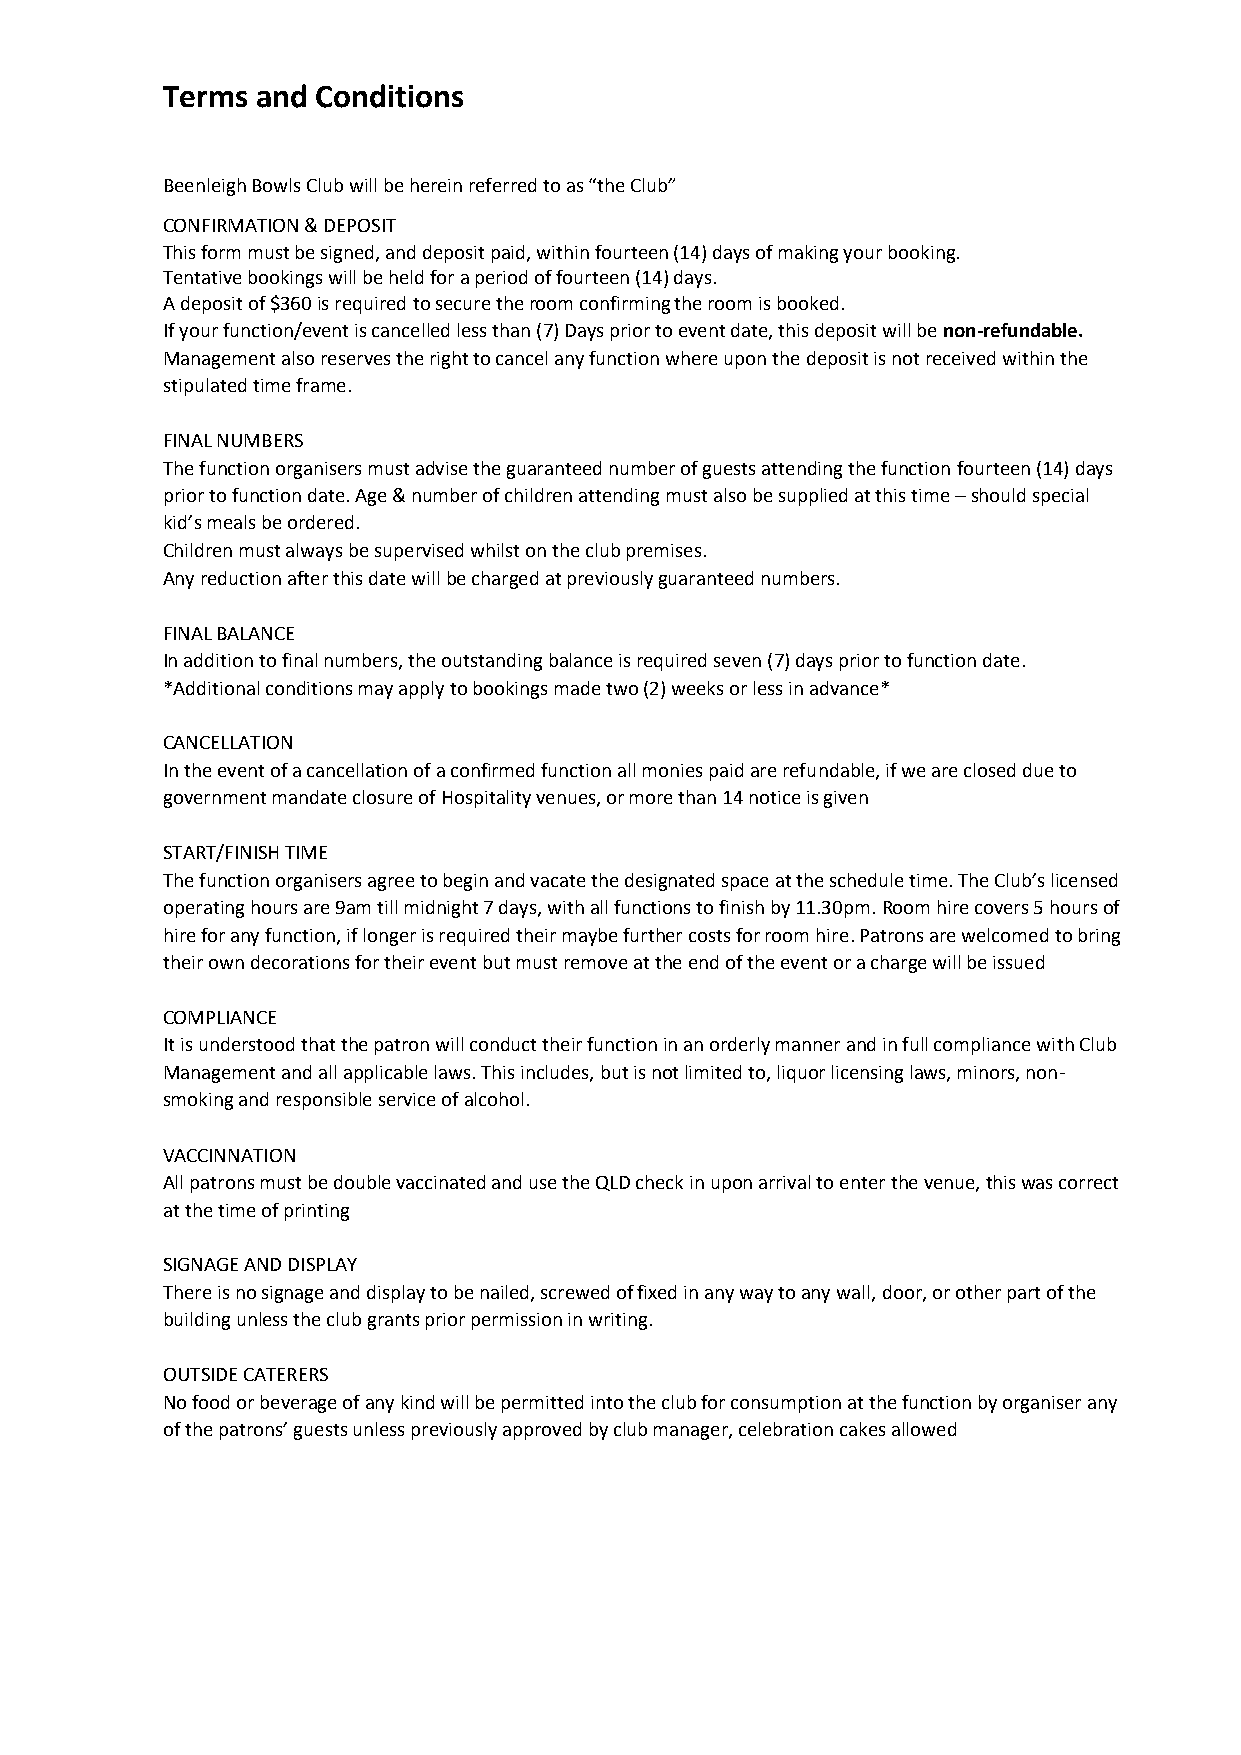
Terms and Conditions
 Beenleigh Bowls Club will be herein referred to as “the Club”
 CONFIRMATION & DEPOSIT
 This form must be signed, and deposit paid, within fourteen (14) days of making your booking.
 Tentative bookings will be held for a period of fourteen (14) days.
 A deposit of $360 is required to secure the room confirming the room is booked.
 If your function/event is cancelled less than (7) Days prior to event date, this deposit will be non-refundable.
 Management also reserves the right to cancel any function where upon the deposit is not received within the
 stipulated time frame.
 FINAL NUMBERS
 The function organisers must advise the guaranteed number of guests attending the function fourteen (14) days
 prior to function date. Age & number of children attending must also be supplied at this time – should special
 kid’s meals be ordered.
 Children must always be supervised whilst on the club premises.
 Any reduction after this date will be charged at previously guaranteed numbers.
 FINAL BALANCE
 In addition to final numbers, the outstanding balance is required seven (7) days prior to function date.
 *Additional conditions may apply to bookings made two (2) weeks or less in advance*
 CANCELLATION
 In the event of a cancellation of a confirmed function all monies paid are refundable, if we are closed due to
 government mandate closure of Hospitality venues, or more than 14 notice is given
 START/FINISH TIME
 The function organisers agree to begin and vacate the designated space at the schedule time. The Club’s licensed
 operating hours are 9am till midnight 7 days, with all functions to finish by 11.30pm. Room hire covers 5 hours of
 hire for any function, if longer is required their maybe further costs for room hire. Patrons are welcomed to bring
 their own decorations for their event but must remove at the end of the event or a charge will be issued
 COMPLIANCE
 It is understood that the patron will conduct their function in an orderly manner and in full compliance with Club
 Management and all applicable laws. This includes, but is not limited to, liquor licensing laws, minors, non-
 smoking and responsible service of alcohol.
 VACCINNATION
 All patrons must be double vaccinated and use the QLD check in upon arrival to enter the venue, this was correct
 at the time of printing
 SIGNAGE AND DISPLAY
 There is no signage and display to be nailed, screwed of fixed in any way to any wall, door, or other part of the
 building unless the club grants prior permission in writing.
 OUTSIDE CATERERS
 No food or beverage of any kind will be permitted into the club for consumption at the function by organiser any
 of the patrons’ guests unless previously approved by club manager, celebration cakes allowed